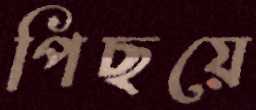
পিছয়ে